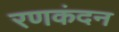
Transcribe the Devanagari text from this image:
रणकंदन